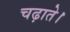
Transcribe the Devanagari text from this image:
चढ़ाते।